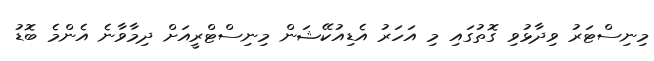
މިނިސްޓަރު ވިދާޅުވި ގޮތުގައި މި އަހަރު އެޑިއުކޭޝަން މިނިސްޓްރީއަށް ދިމާވާނެ އެންމެ ބޮޑު